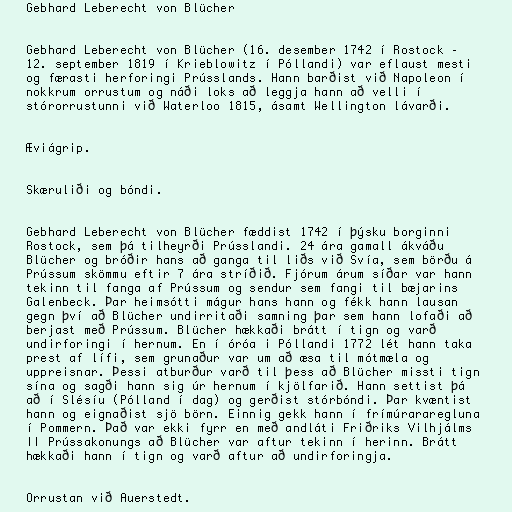
Gebhard Leberecht von Blücher

Gebhard Leberecht von Blücher (16. desember 1742 í Rostock –
12. september 1819 í Krieblowitz í Póllandi) var eflaust mesti
og færasti herforingi Prússlands. Hann barðist við Napoleon í
nokkrum orrustum og náði loks að leggja hann að velli í
stórorrustunni við Waterloo 1815, ásamt Wellington lávarði.

Æviágrip.

Skæruliði og bóndi.

Gebhard Leberecht von Blücher fæddist 1742 í þýsku borginni
Rostock, sem þá tilheyrði Prússlandi. 24 ára gamall ákváðu
Blücher og bróðir hans að ganga til liðs við Svía, sem börðu á
Prússum skömmu eftir 7 ára stríðið. Fjórum árum síðar var hann
tekinn til fanga af Prússum og sendur sem fangi til bæjarins
Galenbeck. Þar heimsótti mágur hans hann og fékk hann lausan
gegn því að Blücher undirritaði samning þar sem hann lofaði að
berjast með Prússum. Blücher hækkaði brátt í tign og varð
undirforingi í hernum. En í óróa i Póllandi 1772 lét hann taka
prest af lífi, sem grunaður var um að æsa til mótmæla og
uppreisnar. Þessi atburður varð til þess að Blücher missti tign
sína og sagði hann sig úr hernum í kjölfarið. Hann settist þá
að í Slésíu (Pólland í dag) og gerðist stórbóndi. Þar kvæntist
hann og eignaðist sjö börn. Einnig gekk hann í frímúrararegluna
í Pommern. Það var ekki fyrr en með andláti Friðriks Vilhjálms
II Prússakonungs að Blücher var aftur tekinn í herinn. Brátt
hækkaði hann í tign og varð aftur að undirforingja.

Orrustan við Auerstedt.